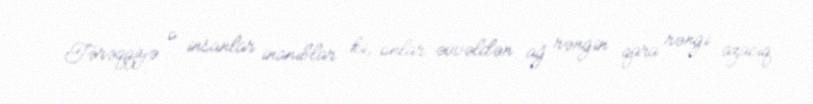
Tərəqqiyə o insanlar inanıblar ki, onlar əvvəldən ağ rəngin qara rəngi azacıq